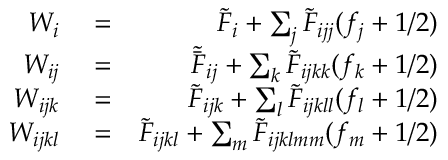
\begin{array} { r l r } { W _ { i } } & { { } = } & { \tilde { F } _ { i } + \sum _ { j } \tilde { F } _ { i j j } ( f _ { j } + 1 / 2 ) } \\ { W _ { i j } } & { { } = } & { \tilde { \bar { F } } _ { i j } + \sum _ { k } \tilde { F } _ { i j k k } ( f _ { k } + 1 / 2 ) } \\ { W _ { i j k } } & { { } = } & { \tilde { F } _ { i j k } + \sum _ { l } \tilde { F } _ { i j k l l } ( f _ { l } + 1 / 2 ) } \\ { W _ { i j k l } } & { { } = } & { \tilde { F } _ { i j k l } + \sum _ { m } \tilde { F } _ { i j k l m m } ( f _ { m } + 1 / 2 ) } \end{array}